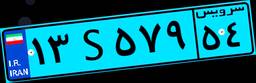
۱۳S۵۷۹۵۴